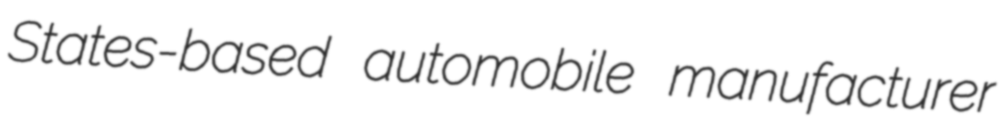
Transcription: States-based automobile manufacturer